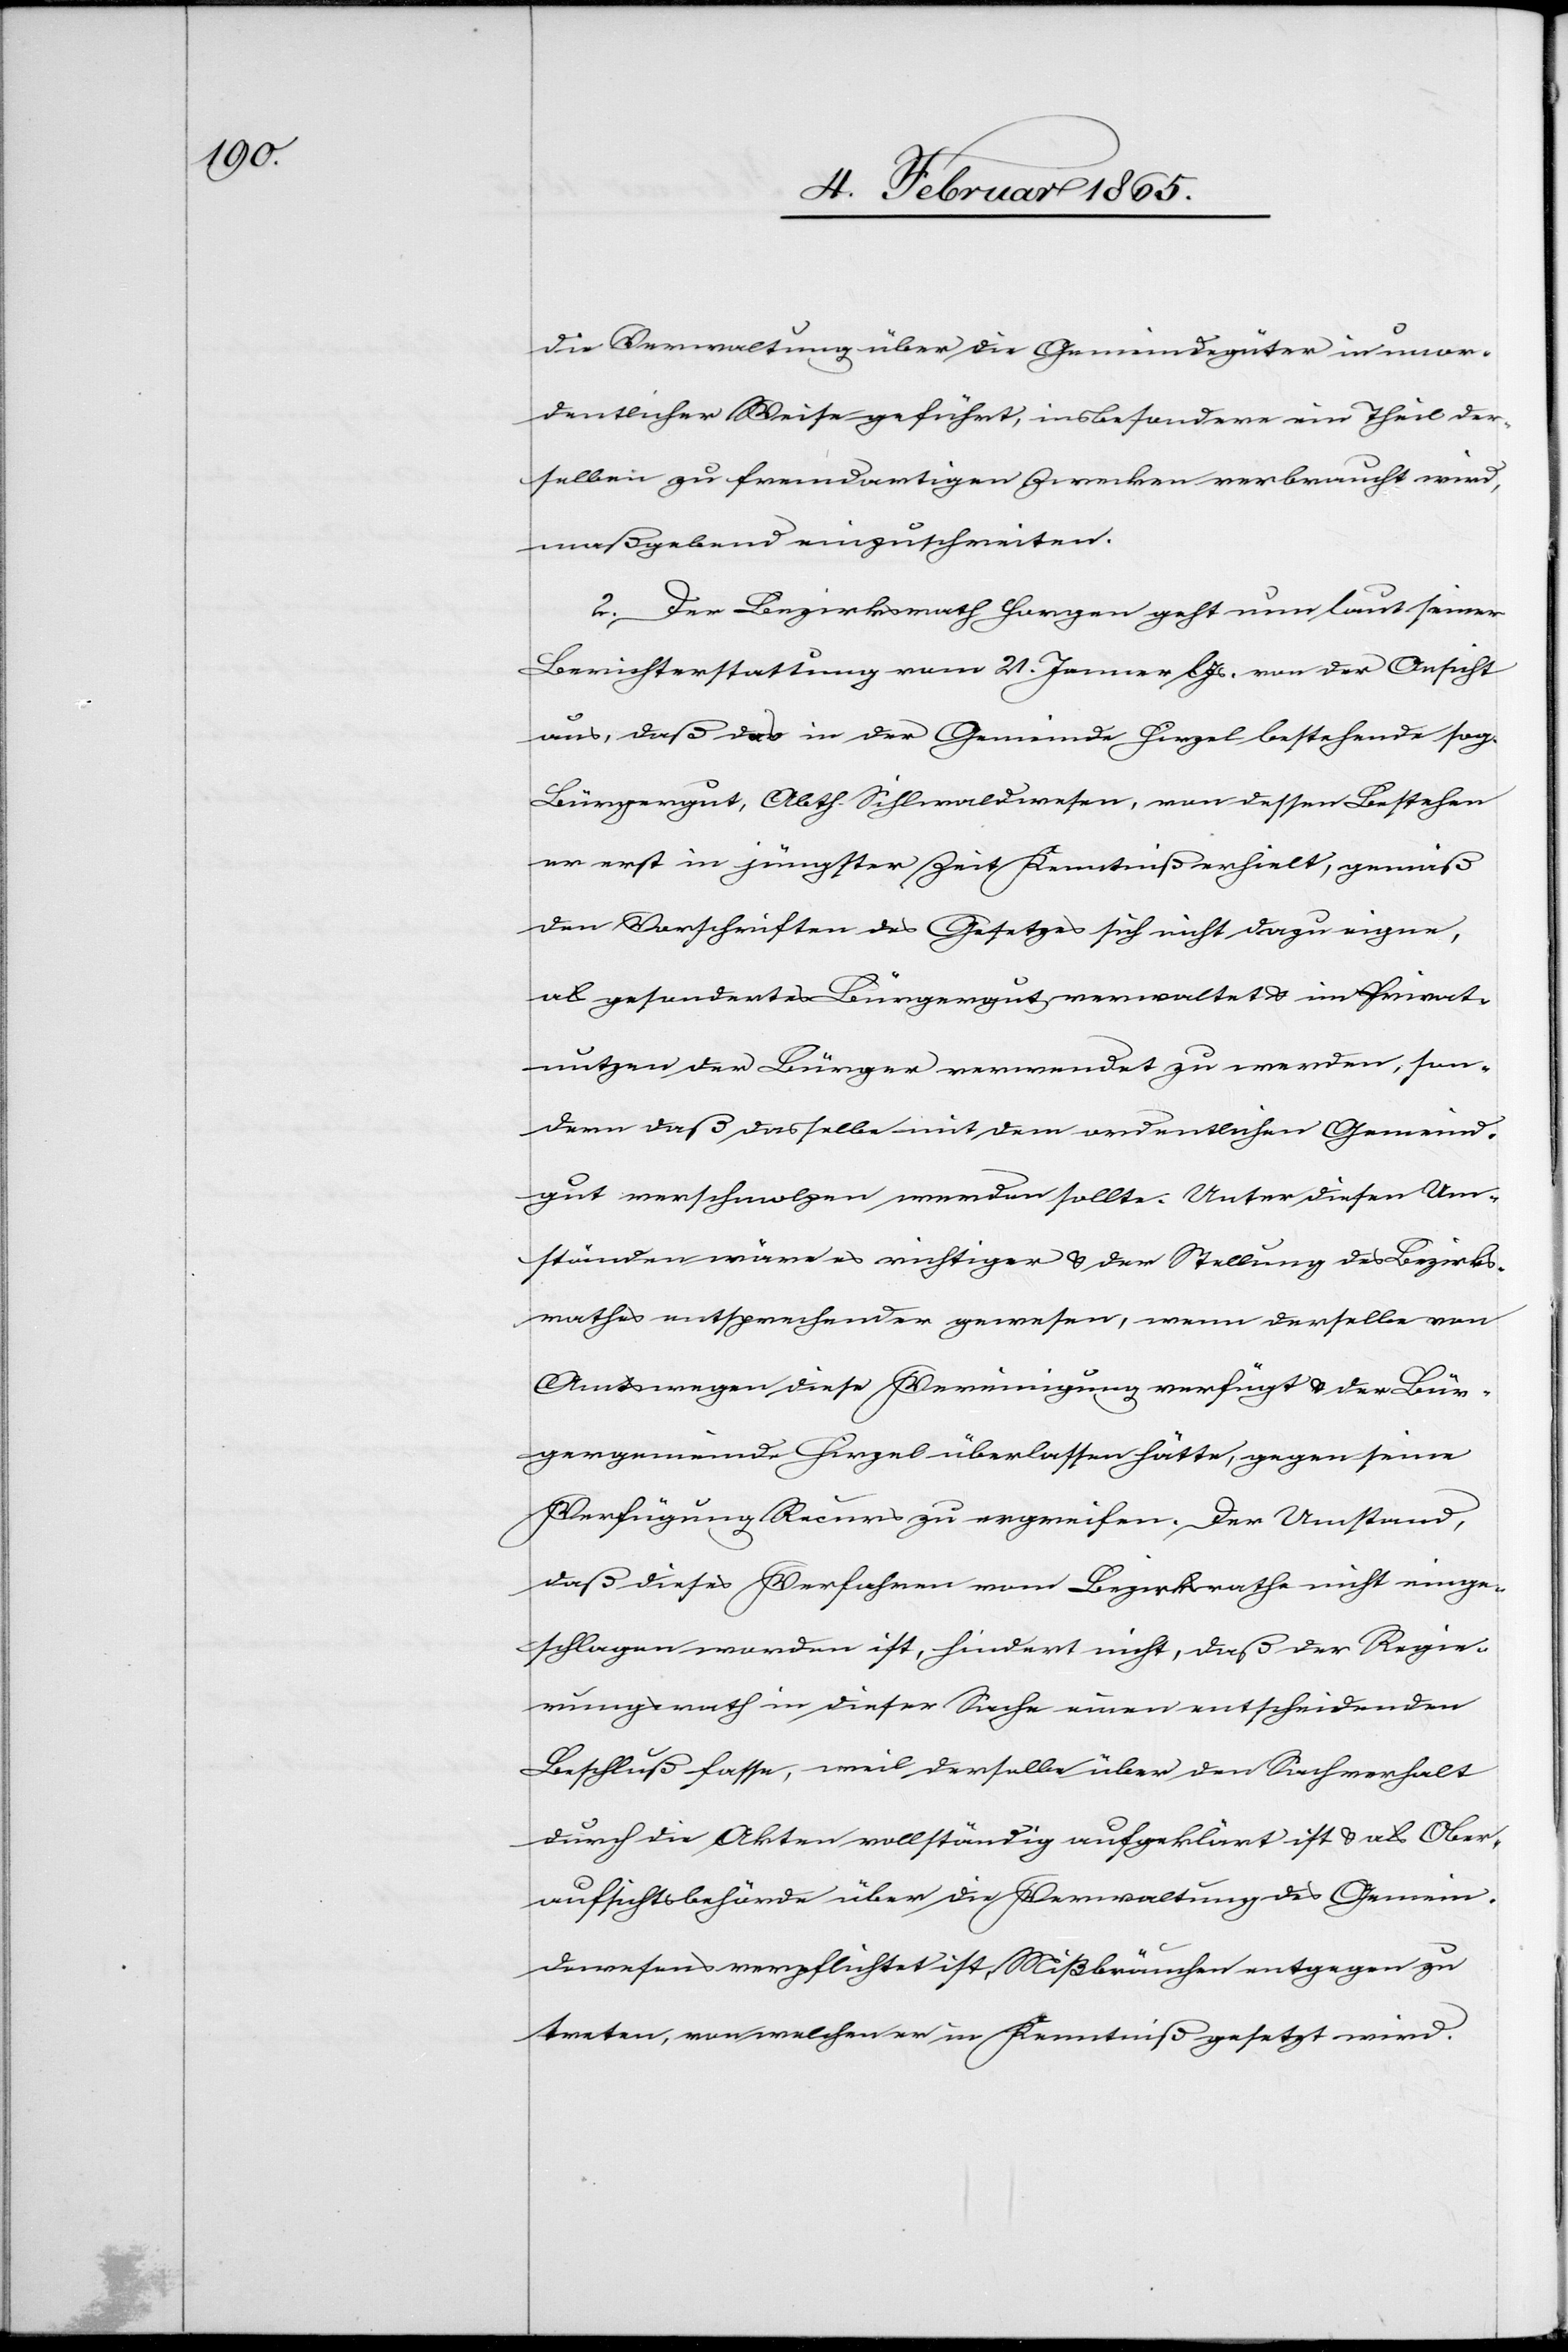
die Verwaltung über die Gemeindegüter in unor¬
dentlicher Weise geführt, insbesondere ein Theil der¬
selben zu fremdartigen Zwecken verbraucht wird,
maßgebend einzuschreiten.
2. Der Bezirksrath Horgen geht nun laut seiner
Berichterstattung vom 21. Jenner l Js. von der Ansicht
aus, daß das in der Gemeinde Hirzel bestehende sog.
Bürgergut, Abth. Sihlwaldwesen, von dessen Bestehen
er erst in jüngster Zeit Kenntniß erhielt, gemäß
den Vorschriften des Gesetzes sich nicht dazu eigne,
als gesondertes Bürgergut verwaltet u. im Privat¬
nutzen der Bürger verwendet zu werden, son¬
dern daß dasselbe mit dem ordentlichen Gemeind¬
gut verschmolzen werden sollte. Unter diesen Um¬
ständen wäre es richtiger u. der Stellung des Bezirks¬
rathes entsprechender gewesen, wenn derselbe von
Amtswegen diese Vereinigung verfügt u. der Bür¬
gergemeinde Hirzel überlassen hätte, gegen seine
Verfügung Recurs zu ergreifen. Der Umstand,
daß dieses Verfahren vom Bezirksrathe nicht einge¬
schlagen worden ist, hindert nicht, daß der Regie¬
rungsrath in dieser Sache einen entscheidenden
Beschluß fasse, weil derselbe über den Sachverhalt
durch die Akten vollständig aufgeklärt ist u. als Ober¬
aufsichtsbehörde über die Verwaltung des Gemein¬
dewesens verpflichtet ist, Mißbräuchen entgegen zu
treten, von welchen er in Kenntniß gesetzt wird.